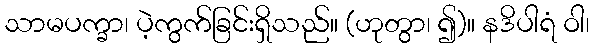
သာမပက္ခာ၊ ပဲ့ကွက်ခြင်းရှိသည်။ (ဟုတွာ၊ ၍)။ နဒိပါရံ ဝါ၊